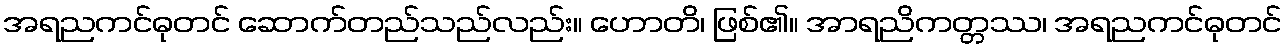
အရညကင်ဓုတင် ဆောက်တည်သည်လည်း။ ဟောတိ၊ ဖြစ်၏။ အာရညိကတ္တဿ၊ အရညကင်ဓုတင်